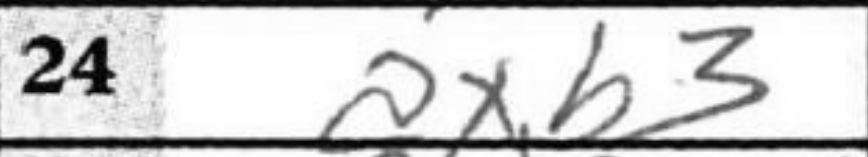
Transcription: axb3